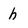
Character: h